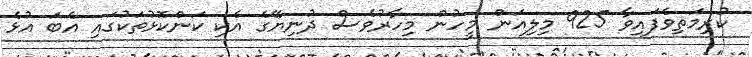
ކުރިމަތިވެފައިވާ 925 މިލިއަން މީހުން މިހާރުވެސް ދުނިޔޭގެ އެކި ކަންކޮޅުތަކުގައި އެބަ އުޅެ